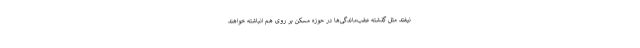
نیفتد مثل گذشته عقب‌ماندگی‌ها در حوزه مسکن بر روی هم انباشته خواهند